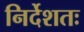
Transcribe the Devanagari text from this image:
निर्देशतः